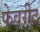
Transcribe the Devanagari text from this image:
फेवरीट